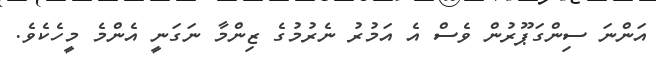
އަންނަ ސިންގަޕޫރުން ވެސް އެ އަމުރު ނެރުމުގެ ޒިންމާ ނަގަނީ އެންމެ މީހެކެވެ.